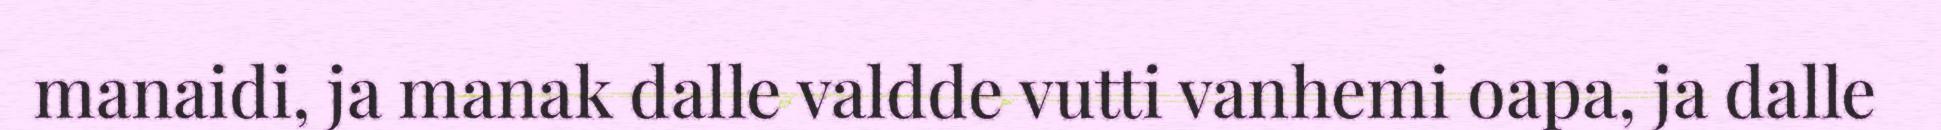
manaidi, ja manak dalle valdde vutti vanhemi oapa, ja dalle